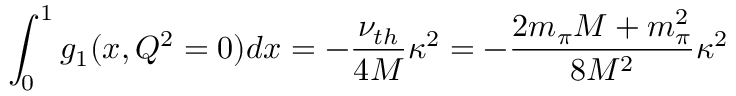
\int _ { 0 } ^ { 1 } g _ { 1 } ( x , Q ^ { 2 } = 0 ) d x = - \frac { \nu _ { t h } } { 4 M } \kappa ^ { 2 } = - \frac { 2 m _ { \pi } M + m _ { \pi } ^ { 2 } } { 8 M ^ { 2 } } \kappa ^ { 2 }